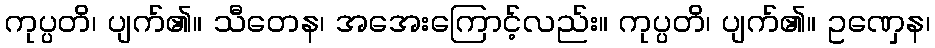
ကုပ္ပတိ၊ ပျက်၏။ သီတေန၊ အအေးကြောင့်လည်း။ ကုပ္ပတိ၊ ပျက်၏။ ဥဏှေန၊